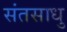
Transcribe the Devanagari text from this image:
संतसाधु